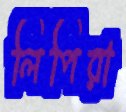
লিপিরা